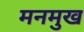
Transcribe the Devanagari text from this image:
मनमुख